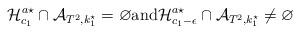
LaTeX: \begin{align*}{\mathcal H}_{c_1}^{a\star} \cap {\mathcal A}_{T^2, k_1^{\star}}= \varnothing \mbox{and} {\mathcal H}_{c_1 - \epsilon}^{a\star} \cap {\mathcal A}_{T^2,k_1^{\star}} \neq \varnothing\end{align*}